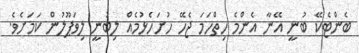
ބެންޓެކޭ ބުނީ އޭނާ އެންމެ ހިތްހަމަ ޖެހޭ ހުށަހެޅުމެއް ލިބުނީ ލިވަޕޫލުން ކަމަށެވެ.